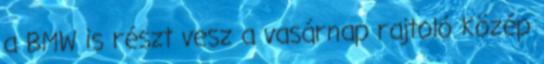
a BMW is részt vesz a vasárnap rajtoló Közép